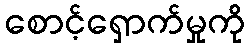
စောင့်ရှောက်မှုကို